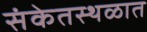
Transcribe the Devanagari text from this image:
संकेतस्थळात